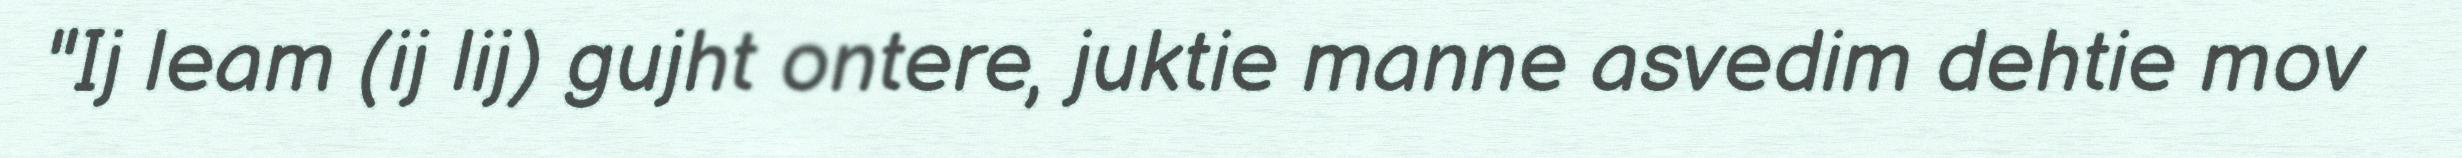
"Ij leam (ij lij) gujht ontere, juktie manne asvedim dehtie mov